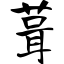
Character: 葺